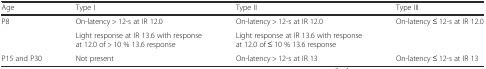
| Age | Type I | Type II | Type III |
 | --- | --- | --- | --- |
 | <ROWSPAN=2> P8 | On-latency > 12-s at IR 12.0 | On-latency > 12-s at IR 12.0 | On-latency ≤ 12-s at IR 12.0 |
 | Light response at IR 13.6 with response at 12.0 of > 10 % 13.6 response | Light response at IR 13.6 with response at 12.0 of ≤ 10 % 13.6 response |  |
 | P15 and P30 | Not present | On-latency > 12-s at IR 13 | On-latency ≤ 12-s at IR 13 |